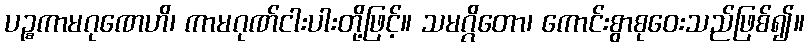
ပဉ္စကာမဂုဏေဟိ၊ ကာမဂုဏ်ငါးပါးတို့ဖြင့်။ သမဂ္ဂိတော၊ ကောင်းစွာစုဝေးသည်ဖြစ်၍။